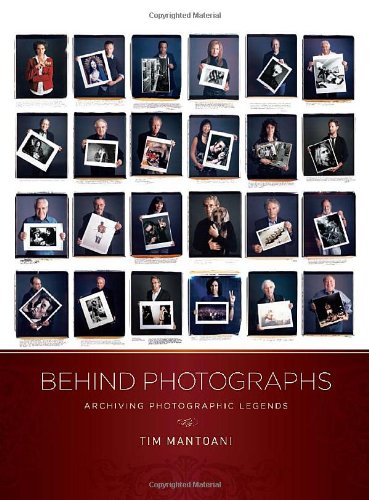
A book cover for Behind Photographs: Archiving Photographic Legends; Arts & Photography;